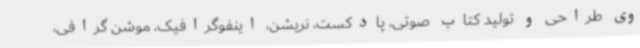
وی طراحی و تولید کتاب صوتی، پادکست، نریشن، اینفوگرافیک، موشن گرافی،